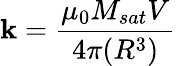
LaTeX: \mathbf{k}=\frac{{\mu_{0}M_{sat}V}}{{4\pi(R^{3})}}